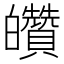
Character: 𤿀